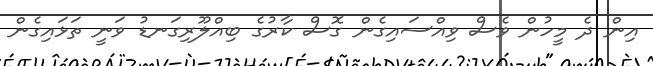
އިން ދެ މީހުން ވެސް ވިއްސައިގެން ގޮސް ކާރުގެ ބިއްލޫރިގަނޑު ވަނީ ތަޅައިގެން